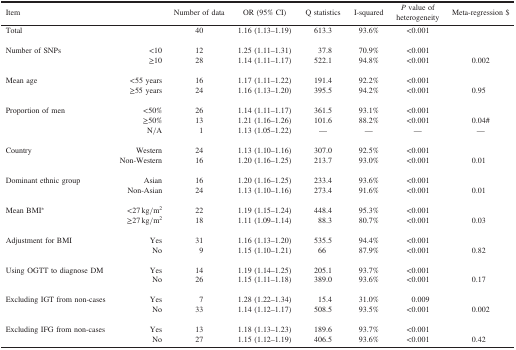
<table><thead><tr><td><b>Item</b></td><td><b> </b></td><td><b>Number of data</b></td><td><b>OR (95% CI)</b></td><td><b>Q statistics</b></td><td><b>I-squared</b></td><td><b><i>P</i> value of heterogeneity</b></td><td><b>Meta-regression $</b></td></tr></thead><tbody><tr><td>Total</td><td> </td><td>40</td><td>1.16 (1.13–1.19)</td><td>613.3</td><td>93.6%</td><td>&lt;0.001</td><td> </td></tr><tr><td colspan="8"> </td></tr><tr><td rowspan="2">Number of SNPs</td><td>&lt;10</td><td>12</td><td>1.25 (1.11–1.31)</td><td>37.8</td><td>70.9%</td><td>&lt;0.001</td><td> </td></tr><tr><td>≥10</td><td>28</td><td>1.14 (1.11–1.17)</td><td>522.1</td><td>94.8%</td><td>&lt;0.001</td><td>0.002</td></tr><tr><td colspan="8"> </td></tr><tr><td rowspan="2">Mean age</td><td>&lt;55 years</td><td>16</td><td>1.17 (1.11–1.22)</td><td>191.4</td><td>92.2%</td><td>&lt;0.001</td><td> </td></tr><tr><td>≥55 years</td><td>24</td><td>1.16 (1.13–1.20)</td><td>395.5</td><td>94.2%</td><td>&lt;0.001</td><td>0.95</td></tr><tr><td colspan="8"> </td></tr><tr><td rowspan="3">Proportion of men</td><td>&lt;50%</td><td>26</td><td>1.14 (1.11–1.17)</td><td>361.5</td><td>93.1%</td><td>&lt;0.001</td><td> </td></tr><tr><td>≥50%</td><td>13</td><td>1.21 (1.16–1.26)</td><td>101.6</td><td>88.2%</td><td>&lt;0.001</td><td>0.04#</td></tr><tr><td>N/A</td><td>1</td><td>1.13 (1.05–1.22)</td><td>—</td><td>—</td><td>—</td><td>—</td></tr><tr><td colspan="8"> </td></tr><tr><td rowspan="2">Country</td><td>Western</td><td>24</td><td>1.13 (1.10–1.16)</td><td>307.0</td><td>92.5%</td><td>&lt;0.001</td><td> </td></tr><tr><td>Non-Western</td><td>16</td><td>1.20 (1.16–1.25)</td><td>213.7</td><td>93.0%</td><td>&lt;0.001</td><td>0.01</td></tr><tr><td colspan="8"> </td></tr><tr><td rowspan="2">Dominant ethnic group</td><td>Asian</td><td>16</td><td>1.20 (1.16–1.25)</td><td>233.4</td><td>93.6%</td><td>&lt;0.001</td><td> </td></tr><tr><td>Non-Asian</td><td>24</td><td>1.13 (1.10–1.16)</td><td>273.4</td><td>91.6%</td><td>&lt;0.001</td><td>0.01</td></tr><tr><td colspan="8"> </td></tr><tr><td rowspan="2">Mean BMI<sup>*</sup></td><td>&lt;27 kg/m<sup>2</sup></td><td>22</td><td>1.19 (1.15–1.24)</td><td>448.4</td><td>95.3%</td><td>&lt;0.001</td><td> </td></tr><tr><td>≥27 kg/m<sup>2</sup></td><td>18</td><td>1.11 (1.09–1.14)</td><td>88.3</td><td>80.7%</td><td>&lt;0.001</td><td>0.03</td></tr><tr><td colspan="8"> </td></tr><tr><td rowspan="2">Adjustment for BMI</td><td>Yes</td><td>31</td><td>1.16 (1.13–1.20)</td><td>535.5</td><td>94.4%</td><td>&lt;0.001</td><td> </td></tr><tr><td>No</td><td>9</td><td>1.15 (1.10–1.21)</td><td>66</td><td>87.9%</td><td>&lt;0.001</td><td>0.82</td></tr><tr><td colspan="8"> </td></tr><tr><td rowspan="2">Using OGTT to diagnose DM</td><td>Yes</td><td>14</td><td>1.19 (1.14–1.25)</td><td>205.1</td><td>93.7%</td><td>&lt;0.001</td><td> </td></tr><tr><td>No</td><td>26</td><td>1.15 (1.11–1.18)</td><td>389.0</td><td>93.6%</td><td>&lt;0.001</td><td>0.17</td></tr><tr><td colspan="8"> </td></tr><tr><td rowspan="2">Excluding IGT from non-cases</td><td>Yes</td><td>7</td><td>1.28 (1.22–1.34)</td><td>15.4</td><td>31.0%</td><td>0.009</td><td> </td></tr><tr><td>No</td><td>33</td><td>1.14 (1.12–1.17)</td><td>508.5</td><td>93.5%</td><td>&lt;0.001</td><td>0.002</td></tr><tr><td colspan="8"> </td></tr><tr><td rowspan="2">Excluding IFG from non-cases</td><td>Yes</td><td>13</td><td>1.18 (1.13–1.23)</td><td>189.6</td><td>93.7%</td><td>&lt;0.001</td><td> </td></tr><tr><td>No</td><td>27</td><td>1.15 (1.12–1.19)</td><td>406.5</td><td>93.6%</td><td>&lt;0.001</td><td>0.42</td></tr></tbody></table>